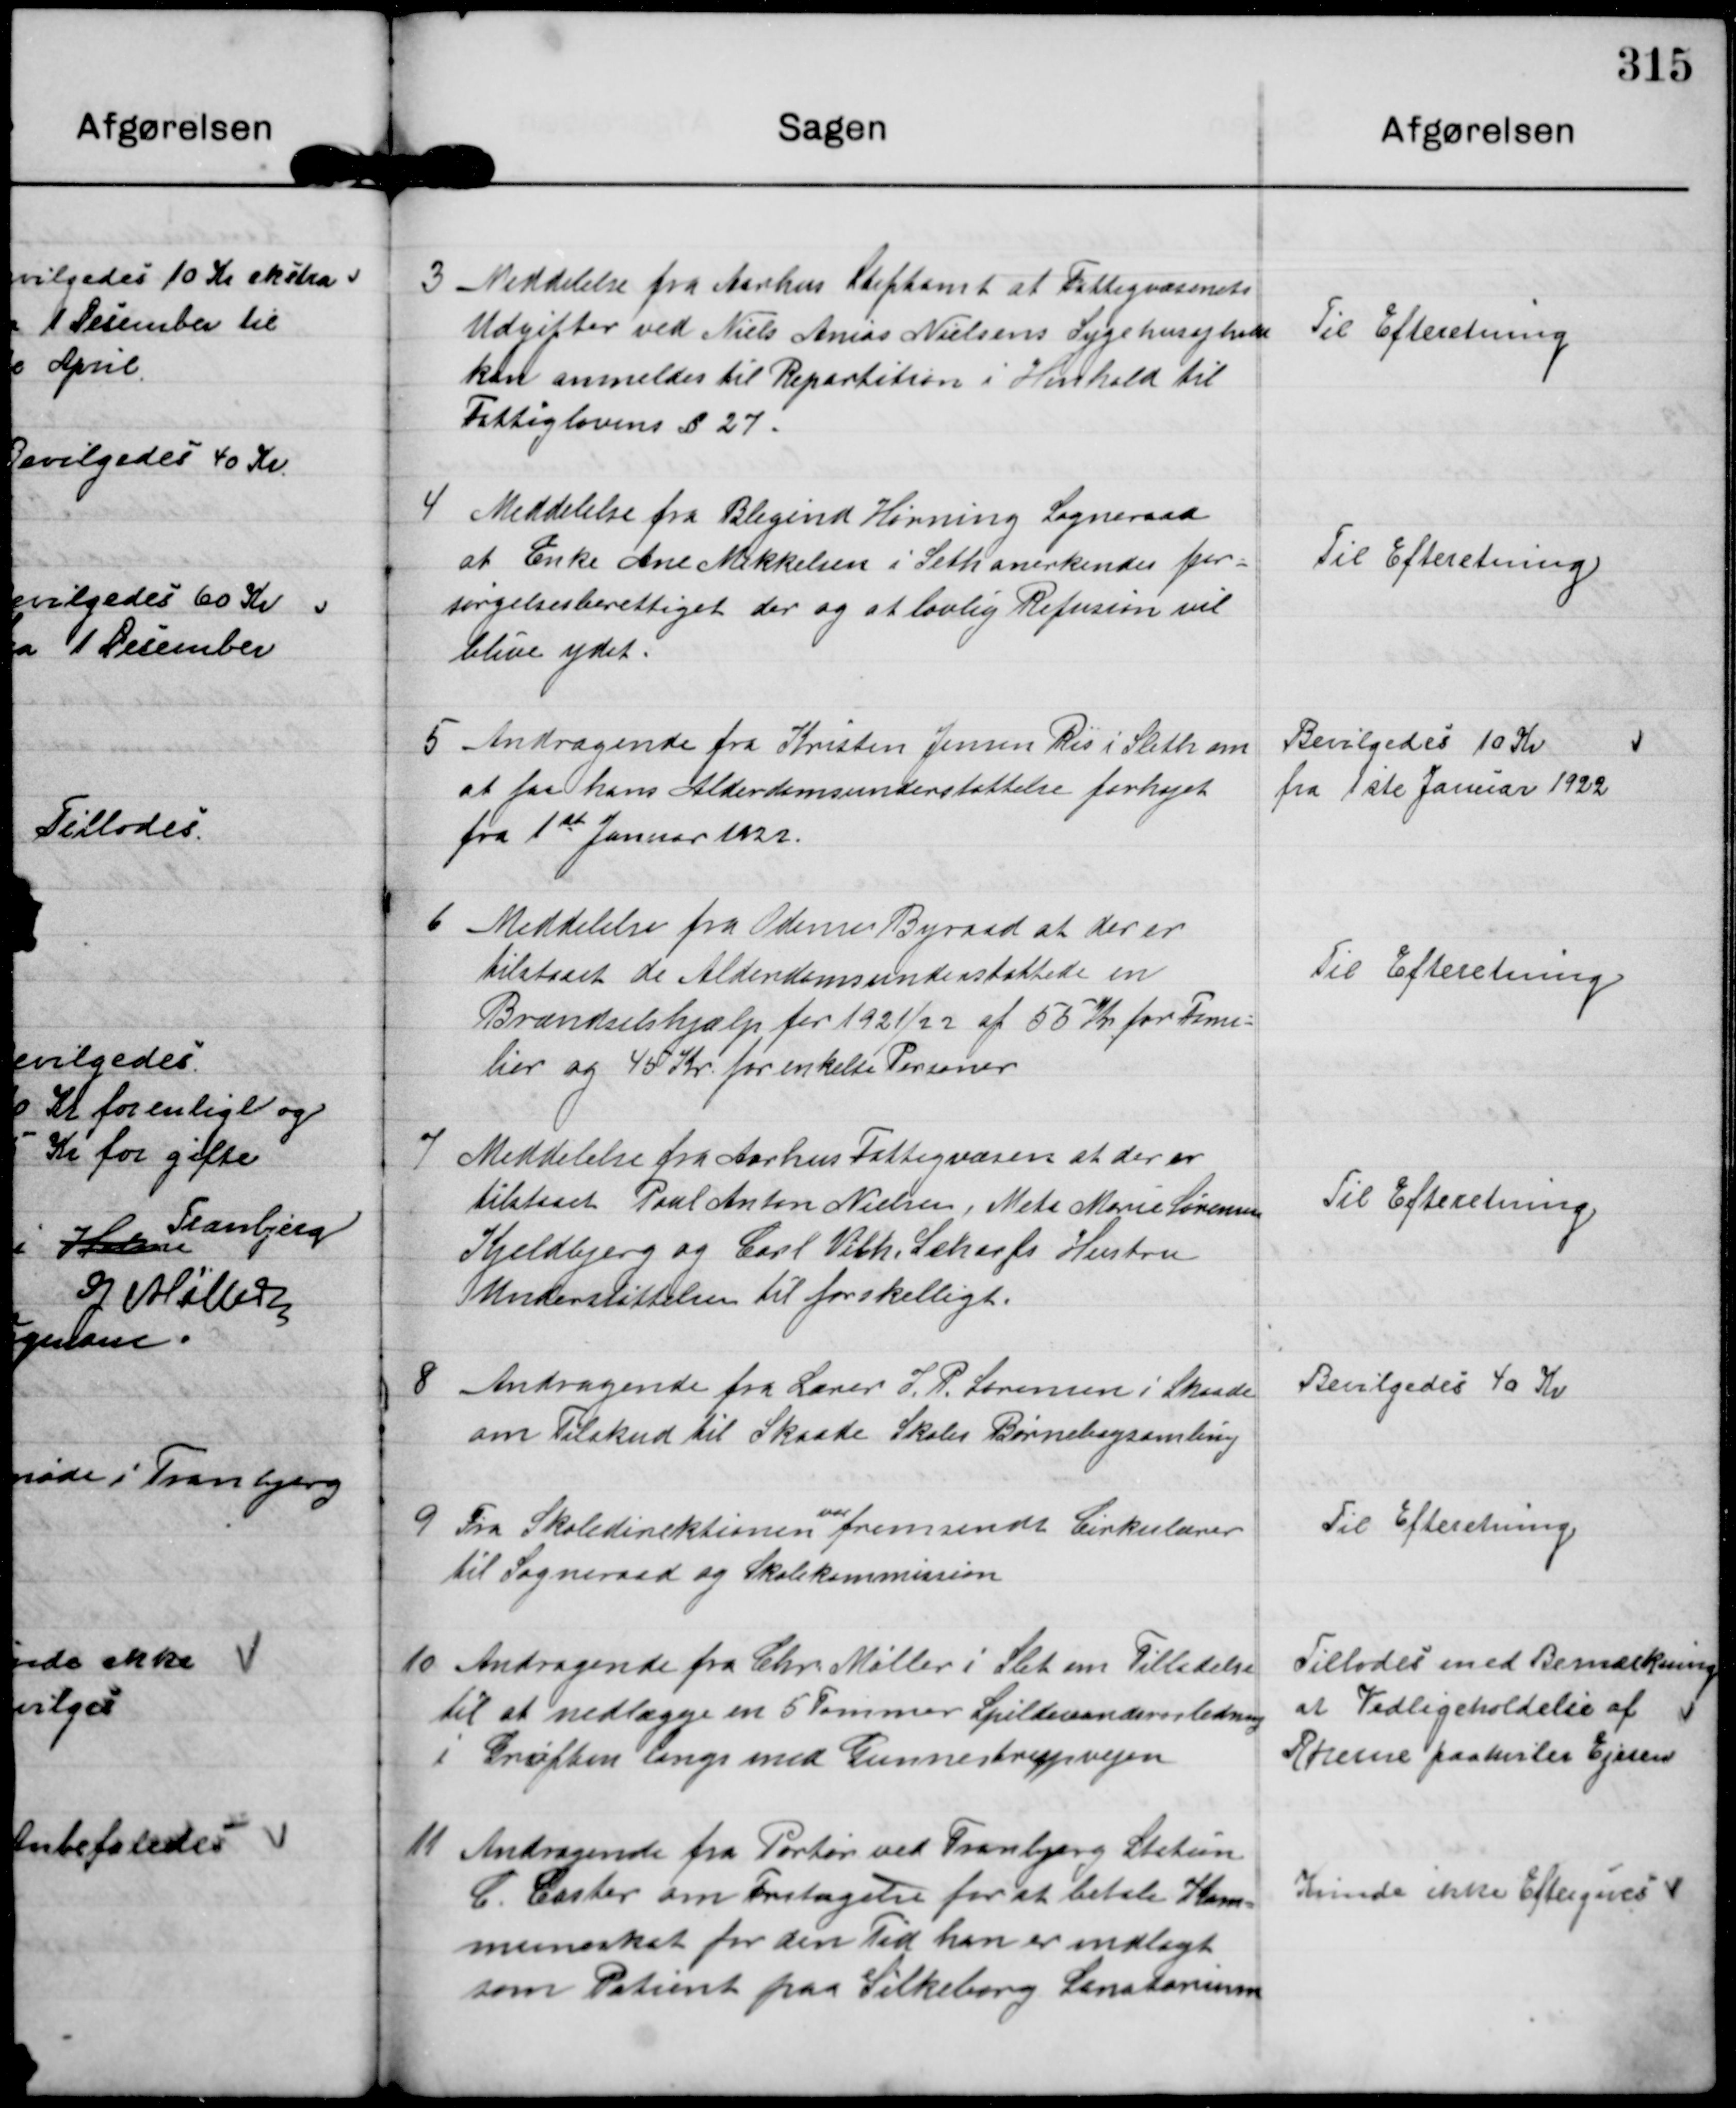
Transskription:
3 Meddelelse fra Aarhus Stiftamt at Fattigvæsenets
Udgifter ved Niels Anias Nielsens Sygehusophold
kan anmeldes til Repartition i Henhold til
Fattiglovens § 27.

Til Efteretning

4 Meddelelse fra Blegind Hørning Sogneraad
at Enke Ane Mikkelsen i Seth anerkendes for-
sørgelsesberettiget der og at lovlig Refusion vil
blive ydet.

Til Efteretning.

5 Andragende fra Kristen Jensen Ris i Sleth om
at faa hans Alderdomsunderstøttelse forhøjet
fra 1st Januar 1922.

Bevilgedes 10 Kr
fra 1ste Jonuar 1922

6 Meddelelse fra Odense Byraad at der er
tilstaaet de Alderdomsunderstøttede en
Brændselshjælper 1921/22 af 55 Kr for Fami-
lier og 45 Kr for enkelte Personer

Til Efteretning.

7 Meddelelse fra Aarhus Fattigvæsen at der er
tilstaaet Poul Anton Nielsen, Mete Marie Sørensen
Kjeldbjerg og Carl Vilh. Scharfs Hustru
Understøttelsen til forskelligt.

Til Efteretning.

8 Andragende fra Lærer I. P. Sørensen i Skaade.
om Tilskud til Skaade Skoles Børnebogsamling

Bevilgedes 40 Kr

9 Fra Skoledirektionen var fremsendt Cirkulærer
til Sogneraad og Skolekommission

Til Efteretning.

10 Andragende fra Chr Møller i Slet om Tilladelse
til at nedlægge en 5 Tommer Spildevandsrørledning
i Grøften langs med Gunnestrupvejen

Tillodes med Bemærkning
at Vedligeholdelse af
Rørene paahviler Ejeren

11 Andragende fra Portør ved Tranbjerg Station
C. Caster om Fritagelse for at betale Kom-
muneskat for den Tid han er indlagt
som Patient paa Silkeborg Sanatorium

Kunde ikke Eftergives.